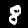
Label: 8